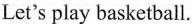
Let's play basketball.